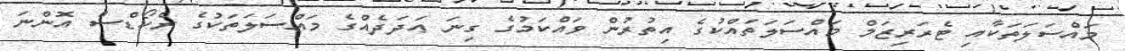
މައްސަލަތަކާއި ޓެރަރިޒަމް މައްސަލަތައްކުގެ އިތުރުން ވައްކަމުގެ ގިނަ ޢަދަދެއްގެ މައްސަލަތަކުގެ ރެކޯޑްސް އޮންނަ